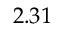
2 . 3 1